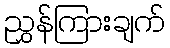
ညွှန်ကြားချက်